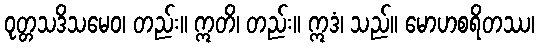
ဝုတ္တသဒိသမေဝ၊ တည်း။ ဣတိ၊ တည်း။ ဣဒံ၊ သည်။ မောဟစရိတဿ၊